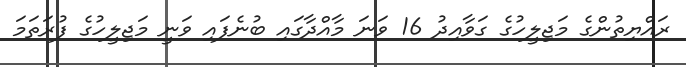
ރައްޔިތުންގެ މަޖިލީހުގެ ގަވާއިދު 16 ވަނަ މާއްދާގައި ބުނެފައި ވަނީ މަޖިލީހުގެ ފުރަތަމަ